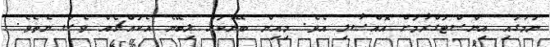
ނަމުގައި އިންސްޓަގްރާމަށް އޮއްސާލި އެވެ. މިއިން ބޭންކަށް ލިބޭނެ އެކައްޗެއް ވެސް ނެތެވެ.